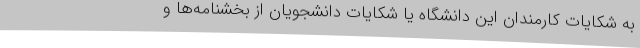
به شکایات کارمندان این دانشگاه یا شکایات دانشجویان از بخشنامه‌ها و